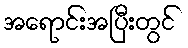
အရောင်းအပြီးတွင်